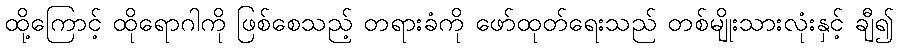
ထို့ကြောင့် ထိုရောဂါကို ဖြစ်စေသည့် တရားခံကို ဖော်ထုတ်ရေးသည် တစ်မျိုးသားလုံးနှင့် ချီ၍